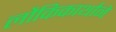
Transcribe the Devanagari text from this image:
लौकिकार्थाने